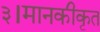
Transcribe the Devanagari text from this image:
३।मानकीकृत